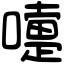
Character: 嚏